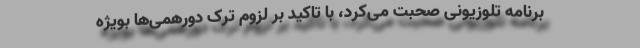
برنامه تلوزیونی صحبت می‌کرد، با تاکید بر لزوم ترک دورهمی‌ها بویژه